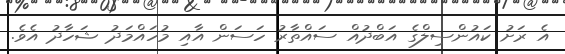
އެ ރަށު ކައުންސިލްގެ އަބްދުއް ސައްތާރު ހަސަން އާއި މުހައްމަދު ޝަހާދު އެވެ.